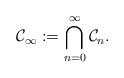
LaTeX: \begin{align*}\mathcal{C}_\infty := \bigcap_{n=0}^\infty \mathcal{C}_n.\end{align*}